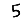
Digit: 5